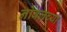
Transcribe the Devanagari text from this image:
नोबलच्या